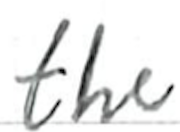
Text: the
Cross-out: clean
Writing tool: ballpoint